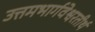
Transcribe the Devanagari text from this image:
उत्तमभार्गवेश्वरतीर्थ